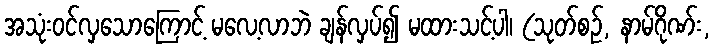
အသုံးဝင်လှသောကြောင့် မလေ့လာဘဲ ချန်လှပ်၍ မထားသင့်ပါ၊ (သုတ်စဉ်, နာမ်ဂိုဏ်း,